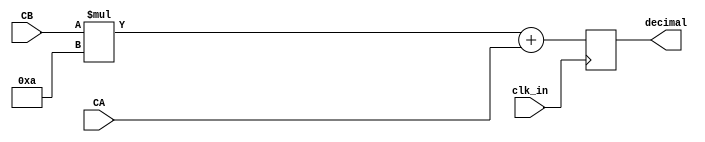
module decimal(CA,CB,clk_in,decimal);

	input [3:0] CA;
	input [3:0] CB;
	input clk_in;

	output [7:0] decimal;

	reg [7:0] decimal;

	always @ (posedge clk_in)begin
		decimal = CB*10+CA;
		end
		
endmodule